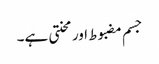
جسم مضبوط اور محنتی ہے۔